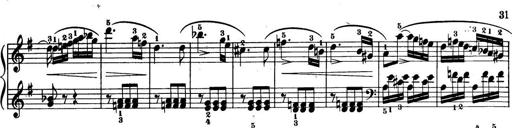
Title: 32 Sonatinas and Rondos for the Piano
Composer: Richard Kleinmichel